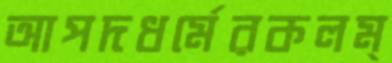
আপদধর্মেরকলম্